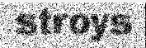
stroys